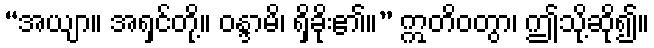
“အယျာ။ အရှင်တို့။ ဝန္ဒာမိ၊ ရှိခိုး၏။” ဣတိဝတွာ၊ ဤသို့ဆို၍။